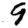
Digit: 9